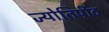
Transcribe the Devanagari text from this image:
ज्योतिर्पीठ